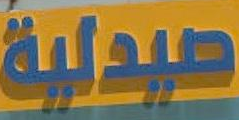
صيدلية